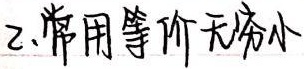
2. 常用等价无穷小